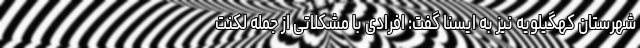
شهرستان کهگیلویه نیز به ایسنا گفت: افرادی با مشکلاتی از جمله لکنت